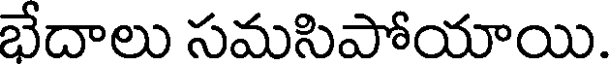
భేదాలు సమసిపోయాయి.